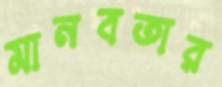
মানবতার